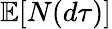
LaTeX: \mathbb{E}[N(d\tau)]